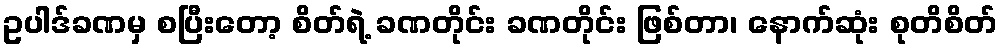
ဥပါဒ်ခဏမှ စပြီးတော့ စိတ်ရဲ့ ခဏတိုင်း ခဏတိုင်း ဖြစ်တာ၊ နောက်ဆုံး စုတိစိတ်